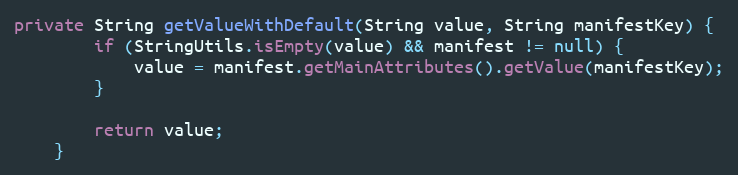
Language: Java
private String getValueWithDefault(String value, String manifestKey) {
        if (StringUtils.isEmpty(value) && manifest != null) {
            value = manifest.getMainAttributes().getValue(manifestKey);
        }

        return value;
    }